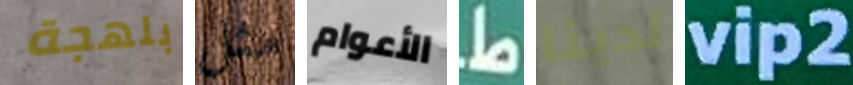
بلهجة مثل الأعوام ط لدينا vip2